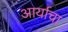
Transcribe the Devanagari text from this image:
आर्याचा